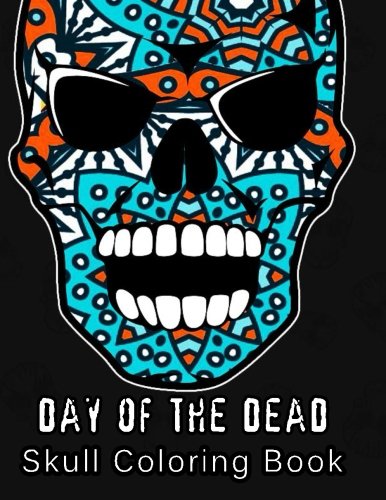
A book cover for Day of the Dead Skull Coloring Book: Coloring Books For Adults, sugar skull coloring book : Stress Relieving (Volume 16); Coloring Books For Adults; Arts & Photography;